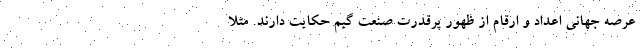
عرصه جهانی اعداد و ارقام از ظهور پرقدرت صنعت گیم حکایت دارند. مثلا